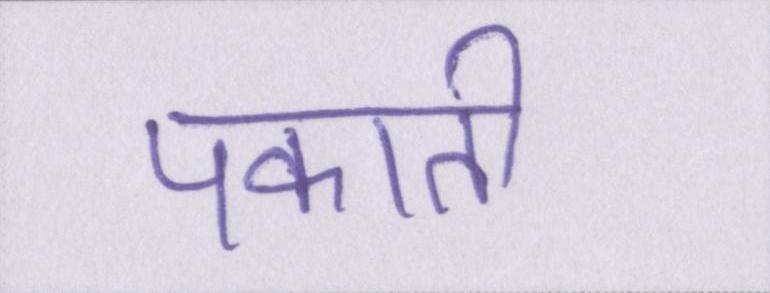
पकाती